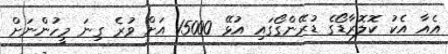
އެއާ އެކު ކޮލޮރާޑޯގެ ޑުރޭންގޯގައި އުޅޭ 15000 އަށް ވުރެ ގިނަ މީހުންނަށް